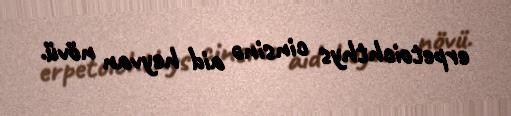
erpetoichthys cinsinə aid heyvan növü.